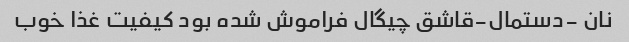
نان -دستمال-قاشق چیگال فراموش شده بود کیفیت غذا خوب